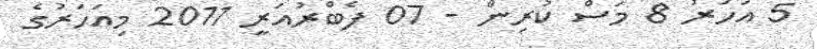
5 އަހަރު 8 މަސް ކުރިން - 07 ފެބްރުއަރީ 2011 މިއަހަރުގެ